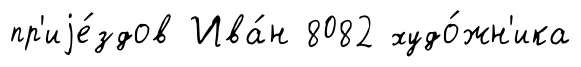
пр'иjе́здов Ива́н 8082 худо́жн'ика